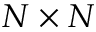
N \times N